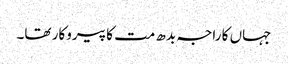
جہاں کا راجہ بدھ مت کا پیروکار تھا۔